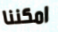
امكننا